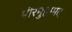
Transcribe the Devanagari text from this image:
पीरमुहम्मद